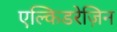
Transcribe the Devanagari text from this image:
एल्किडरेज़िन